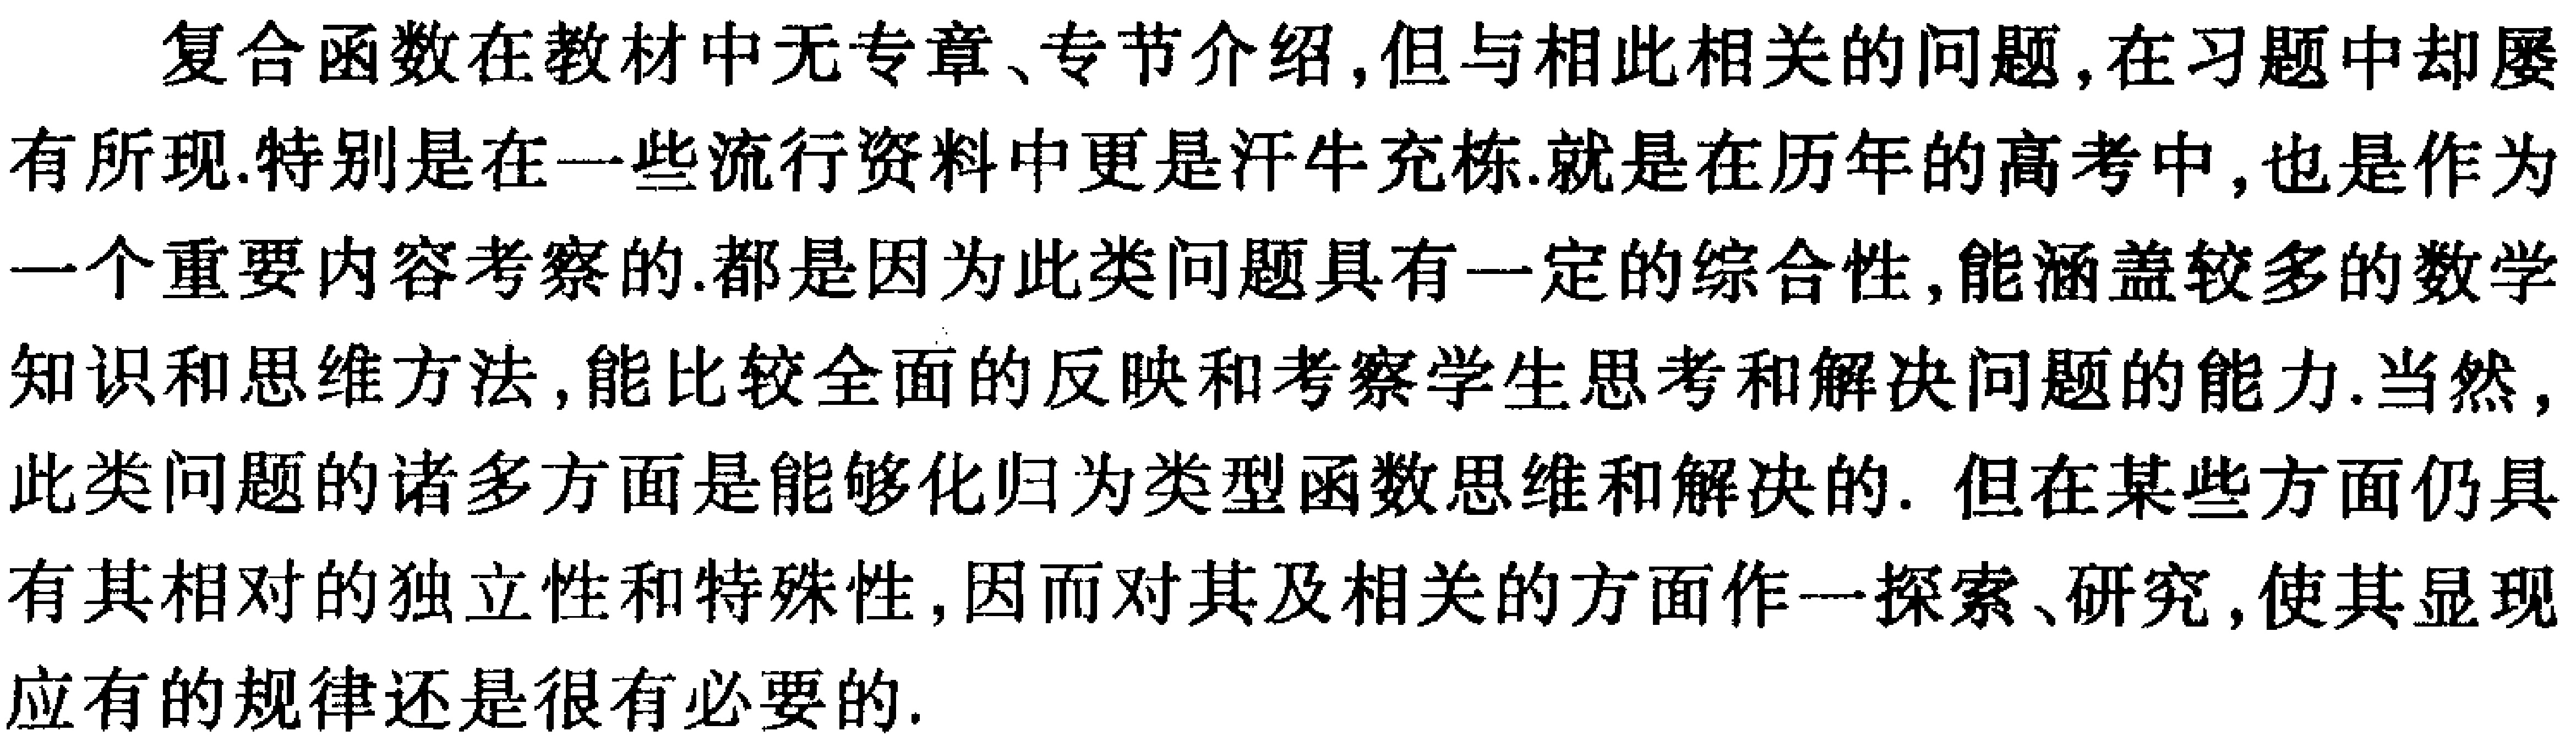
复合函数在教材中无专章、专节介绍,但与相此相关的问题,在习题中却屡有所现.特别是在一些流行资料中更是汗牛充栋.就是在历年的高考中,也是作为一个重要内容考察的.都是因为此类问题具有一定的综合性,能涵盖较多的数学知识和思维方法,能比较全面的反映和考察学生思考和解决问题的能力.当然,此类问题的诸多方面是能够化归为类型函数思维和解决的. 但在某些方面仍具有其相对的独立性和特殊性,因而对其及相关的方面作一探索、研究,使其显现应有的规律还是很有必要的.